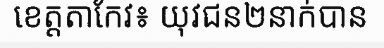
ខេត្តតាកែវ៖ យុវជន២នាក់បាន